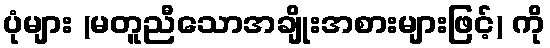
ပုံများ (မတူညီသောအချိုးအစားများဖြင့်) ကို